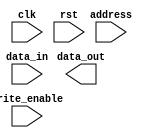
module cache_memory(
    input wire clk,
    input wire rst,
    input wire [15:0] address,
    input wire [7:0] data_in,
    input wire write_enable,
    output reg [7:0] data_out
);

parameter CACHE_SIZE = 256; // number of cache lines
parameter CACHE_ASSOCIATIVITY = 4; // set-associative mapping
parameter TAG_BITS = 12;
parameter OFFSET_BITS = 4;
parameter INDEX_BITS = 4;
parameter VALID_BITS = 1;
parameter DIRTY_BITS = 1;
parameter LRU_BITS = 2; // number of bits for LRU encoding

reg [TAG_BITS-1:0] tags [CACHE_SIZE-1:0];
reg [VALID_BITS-1:0] valid [CACHE_SIZE-1:0];
reg [DIRTY_BITS-1:0] dirty [CACHE_SIZE-1:0];
reg [7:0] data [CACHE_SIZE-1:0];
reg [LRU_BITS-1:0] lru [CACHE_SIZE-1:0];
reg [1:0] sets [CACHE_SIZE/CACHE_ASSOCIATIVITY-1:0];

reg [TAG_BITS-1:0] tag;
reg [INDEX_BITS-1:0] index;
reg [OFFSET_BITS-1:0] offset;
reg [1:0] set;
reg [CACHE_SIZE/CACHE_ASSOCIATIVITY-1:0] set_index;
reg [CACHE_ASSOCIATIVITY-1:0] way;

always @ (posedge clk or posedge rst) begin
    if (rst) begin
        // reset cache memory
    end else begin
        // cache controller logic
    end
end

// read/write access logic
always @ (*) begin
    index = address[INDEX_BITS+OFFSET_BITS-1:OFFSET_BITS];
    offset = address[OFFSET_BITS-1:0];
    tag = address[TAG_BITS+INDEX_BITS+OFFSET_BITS-1:INDEX_BITS+OFFSET_BITS];
    set = address [TAG_BITS-1:0];
    set_index = address[INDEX_BITS+:CACHE_SIZE/CACHE_ASSOCIATIVITY];

    // check for cache hit/miss, update cache data
end

// memory access logic
always @ (posedge clk or posedge rst) begin
    if (rst) begin
        // reset memory
    end else begin
        // read/write data from/to main memory and update cache
    end
end

endmodule